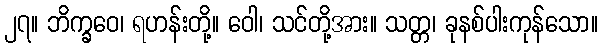
၂၇။ ဘိက္ခဝေ၊ ရဟန်းတို့။ ဝေါ၊ သင်တို့အား။ သတ္တ၊ ခုနစ်ပါးကုန်သော။